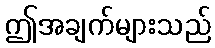
ဤအချက်များသည်